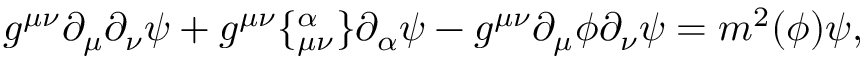
g ^ { \mu \nu } \partial _ { \mu } \partial _ { \nu } \psi + g ^ { \mu \nu } \lbrace _ { \mu \nu } ^ { \alpha } \rbrace \partial _ { \alpha } \psi - g ^ { \mu \nu } \partial _ { \mu } \phi \partial _ { \nu } \psi = m ^ { 2 } ( \phi ) \psi ,